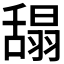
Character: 𦧭